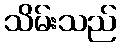
သိမ်းသည်